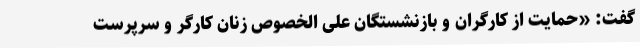
گفت: «حمایت از کارگران و بازنشستگان علی الخصوص زنان کارگر و سرپرست